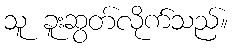
သူ ခူးဆွတ်လိုက်သည်။